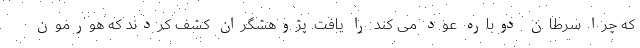
که چرا سرطان دوباره عود می کند را یافت. پژوهشگران کشف کردند که هورمون